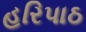
હરિપાઠ